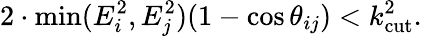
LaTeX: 2\cdot\operatorname*{min}(E_{i}^{2},E_{j}^{2})(1-\cos\theta_{ij})<k_{\mathrm{cut}}^{2}.